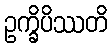
ဥက္ခိပိဿတိ